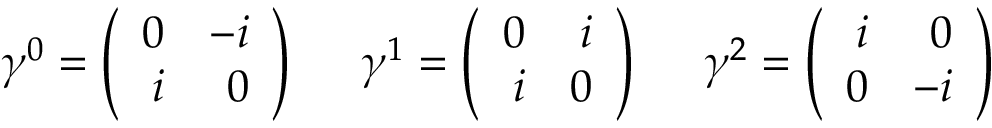
\gamma ^ { 0 } = \left( \begin{array} { r r } { { 0 } } & { { - i } } \\ { { i } } & { { 0 } } \end{array} \right) \; \; \; \; \; \gamma ^ { 1 } = \left( \begin{array} { r r } { { 0 } } & { { i } } \\ { { i } } & { { 0 } } \end{array} \right) \; \; \; \; \; \gamma ^ { 2 } = \left( \begin{array} { r r } { { i } } & { { 0 } } \\ { { 0 } } & { { - i } } \end{array} \right)